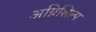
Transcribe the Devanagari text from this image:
अग्निशिल्प